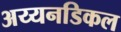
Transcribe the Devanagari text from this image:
अय्यनडिकल